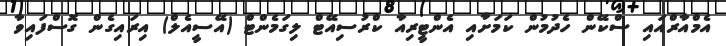
އެމްއާރްއައި ސްކޭން ހެދުމުން ކަމަށާއި އެންޓީރިއާ ކްރުސިއޭޓް ލިގަމެންޓް (އޭސީއެލް) އިރައިގެން ގޮސްފައިވާ